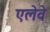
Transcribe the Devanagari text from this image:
एलेवे